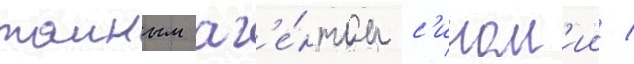
таиным аг'е́нтом с'ином'ии /